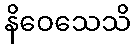
နိဝေသေသိ